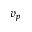
v _ { p }